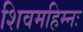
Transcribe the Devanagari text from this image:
शिवमहिम्नः